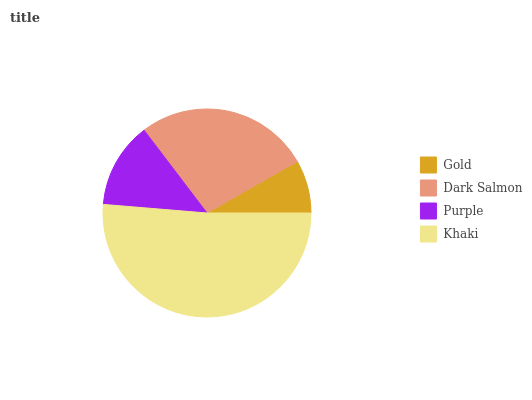
| Gold | Dark Salmon | Purple | Khaki |
 | --- | --- | --- | --- |
 | 8.27% | 27.1% | 13.4% | 51.3% |